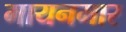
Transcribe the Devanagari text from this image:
मायनमार